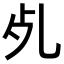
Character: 𣦷